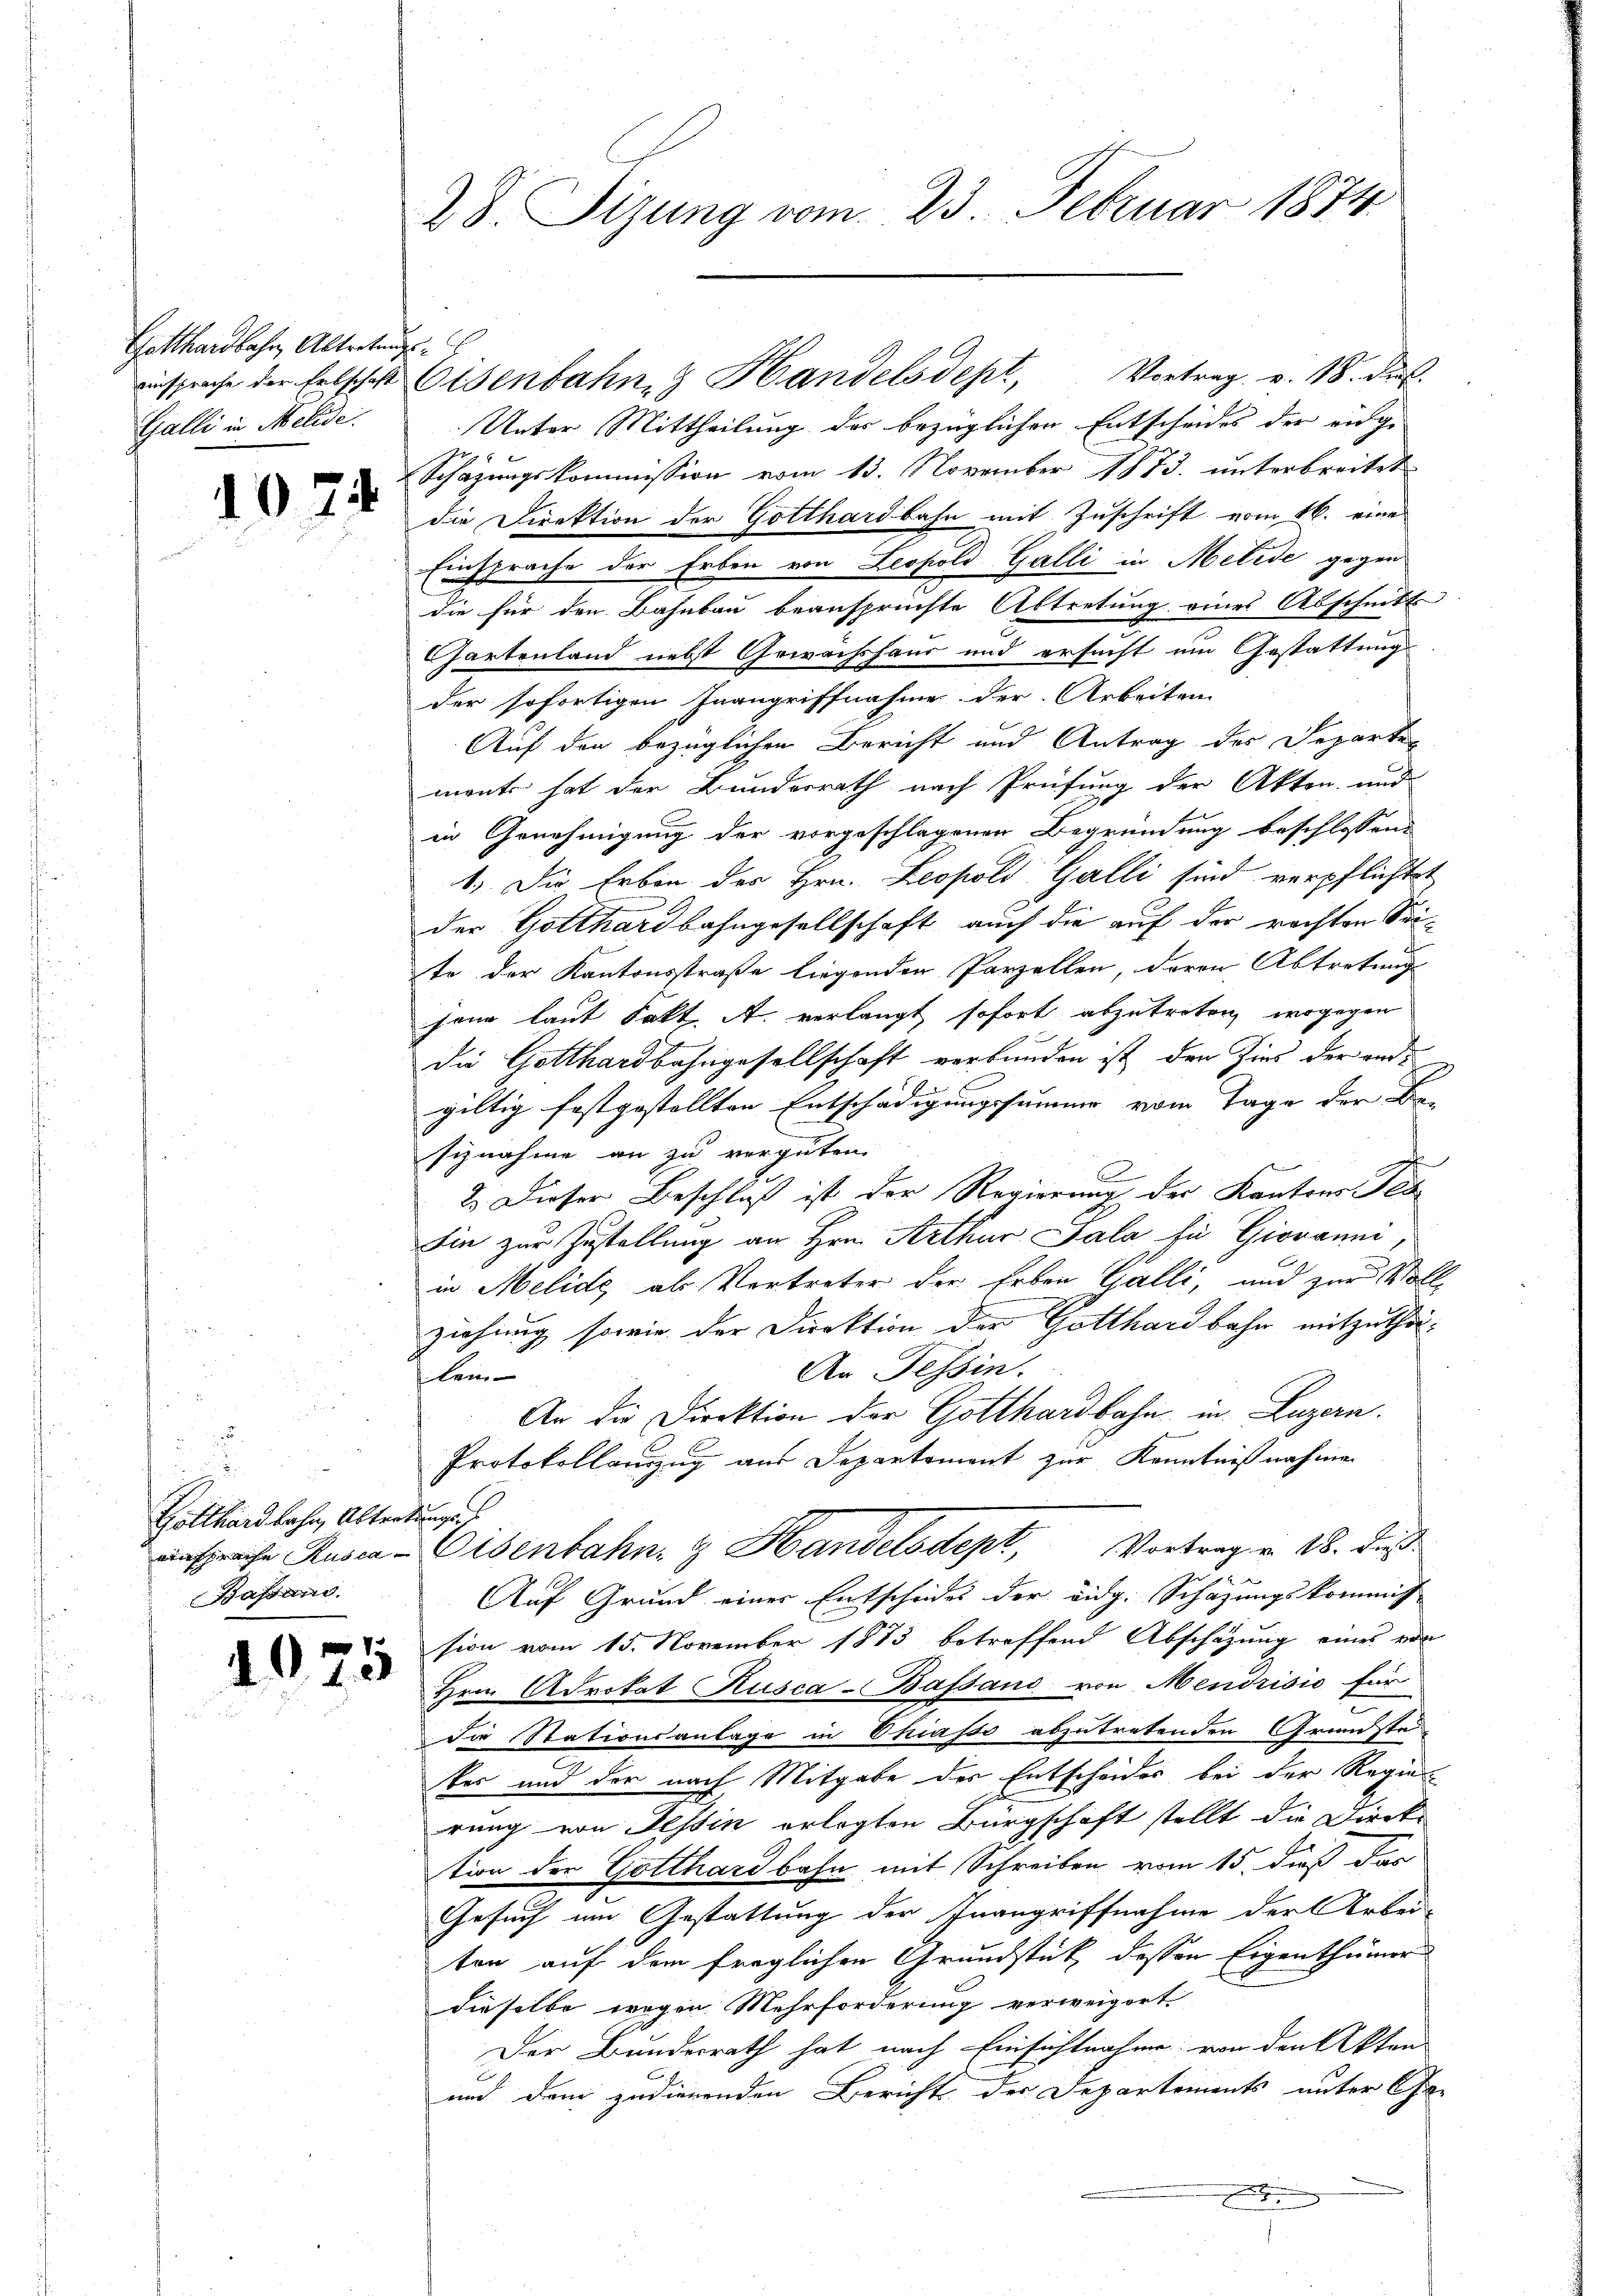
Gotthardbahr Alterten
einsprache der Erbschaft
Galli in Melde.

1074

Gotthardbahn, Altert
Bassens.

1075

28. Sizung vom 23. Februar 1874

r

Eisenbahn, 3 Handelsdept, Vortrag v. 18. d.

Unter Mittheilung des bezüglichen Entscheides der einge
Schäzungskommission vom 13. November 1873. unterbreitet
die Direktion der Gotthardbahn mit Zuschrift vom 16. eine
Einsprache der Erben von Leopold Galli in Melide gegen
die für den Bahnbau beansprüchte Abtretung eines Abschnitt
Chartenland nebst Gewächshaus und ersucht am Gestattung
der sofortigen Inangriffnahme der Arbeiten
Auf den bezüglichen Bericht und Antrag des Departe-
ment hat der Bundesrath nach Prüfung der Akten und
in Genehmigung der vorgeschlagenen Begründung beschlossend
1.) Die Erben der Hrn. Leopold Galli sind verpflichtet
der Gotthardbahngesellschaft auch die auf der rechten Seite der Kantonsstraße liegenden Parzellen, deren Abtretung
jene laut Fakt A. verlangt sofort abzutreten, wogegen
die Gotthardbahngesellschaft verbunden ist, den Zins der ande
giltig festgestellten Entschädigungssumme vom Tage der Be- |
siznahme an zu vergüten.
2. Dieser Beschluß ist der Regierung der Kantons Tea
Sie zur Zustellung an Hrn. Arthur Sala zu Giovanni,
in Melide als Vertreter der Erben Galli, und zur Vollziehung sowie der Direktion der Gotthardbahn mitzuthe¬
An Tessin.
len- |
An die Direktion der Gotthardbahn in Luzern
Protokollanzug aus Departement zur Kenntnißnahmen
u
ansprache Rusca-Eisenbahn- & Handelsdept, Vortrag v. 18. dieß
Auf Grund einer Entscheides der eidg. Schafungskommiss
sion vom 15. November 1873 betreffend Abschazung eines von
Hrn. Advokat Kusca-Bassand von Mendrisis für
die Stationsanlage in Chiasso abzutretenden Grundste
ter und der nach Mitgabe des Entscheides bei der Regierung von Tessin erlegten Bürgschaft stellt die Direktion der Gotthardbahn mit Schreiben vom 15. dieß das
Gesuch um Gestattung der Inangriffnahme der Arbei-
ten auf dem fraglichen Grundstück dessen Eigenthümer
dieselbe wegen Mehrforderung verweigert
Der Bundesrath hat nach Einsichtnahme von den Akten
und dem zudienenden Bericht der Departements unter Gee